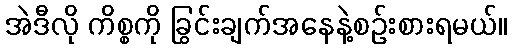
အဲဒီလို ကိစ္စကို ခြွင်းချက်အနေနဲ့စဉ်းစားရမယ်။